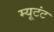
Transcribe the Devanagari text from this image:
म्यूटंट